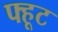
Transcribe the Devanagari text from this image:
फ्हूट